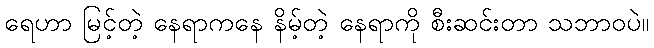
ရေဟာ မြင့်တဲ့ နေရာကနေ နိမ့်တဲ့ နေရာကို စီးဆင်းတာ သဘာဝပဲ။